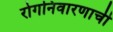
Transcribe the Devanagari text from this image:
रोगनिवारणाची